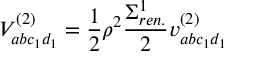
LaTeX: V _ { a b c _ { 1 } d _ { 1 } } ^ { ( 2 ) } = \frac { 1 } { 2 } \rho ^ { 2 } \frac { \Sigma _ { r e n . } ^ { 1 } } { 2 } v _ { a b c _ { 1 } d _ { 1 } } ^ { ( 2 ) }